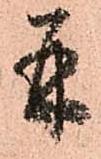
并